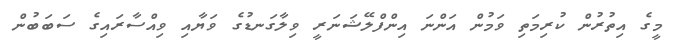
މީގެ އިތުރުން ކުރިމަތި ވަމުން އަންނަ އިންފްލޭޝަނަރީ ވިލާގަނޑުގެ ވަޔާއި ވިއްސާރައިގެ ސަބަބުން